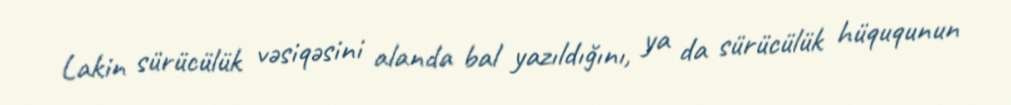
Lakin sürücülük vəsiqəsini alanda bal yazıldığını, ya da sürücülük hüququnun